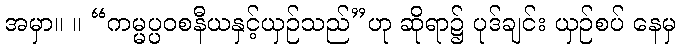
အမှာ။ ။ “ကမ္မပ္ပဝစနီယနှင့်ယှဉ်သည်”ဟု ဆိုရာ၌ ပုဒ်ချင်း ယှဉ်စပ် နေမှ